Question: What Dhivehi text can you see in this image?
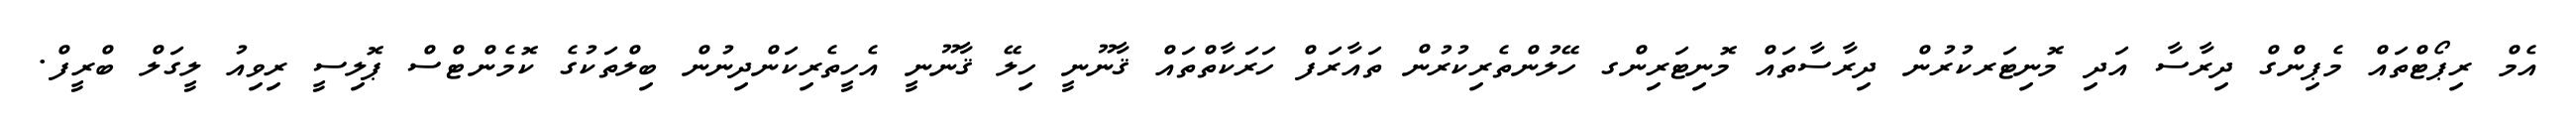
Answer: އެމް ރިޕޯޓްތައް މެޕިންގް ދިރާސާ އަދި މޮނިޓަރކުރުން ދިރާސާތައް މޮނިޓަރިންގ ހޭލުންތެރިކުރުން ތައާރަފް ހަރަކާތްތައް ޤާނޫނީ ހިލޭ ޤާނޫނީ އެހީތެރިކަންދިނުން ބިލްތަކުގެ ކޮމެންޓްސް ޕޮލިސީ ރިވިއު ލީގަލް ބްރީފް.